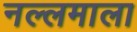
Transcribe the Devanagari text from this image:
नल्लमाला